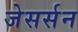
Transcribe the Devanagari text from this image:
जेसर्सन